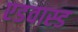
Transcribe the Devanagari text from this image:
एडवास्ड